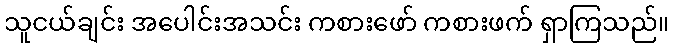
သူငယ်ချင်း အပေါင်းအသင်း ကစားဖော် ကစားဖက် ရှာကြသည်။